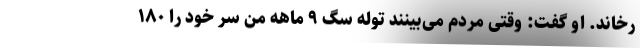
رخاند. او گفت: وقتی مردم می‌بینند توله سگ ۹ ماهه من سر خود را ۱۸۰